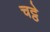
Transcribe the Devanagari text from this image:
चट्ठे